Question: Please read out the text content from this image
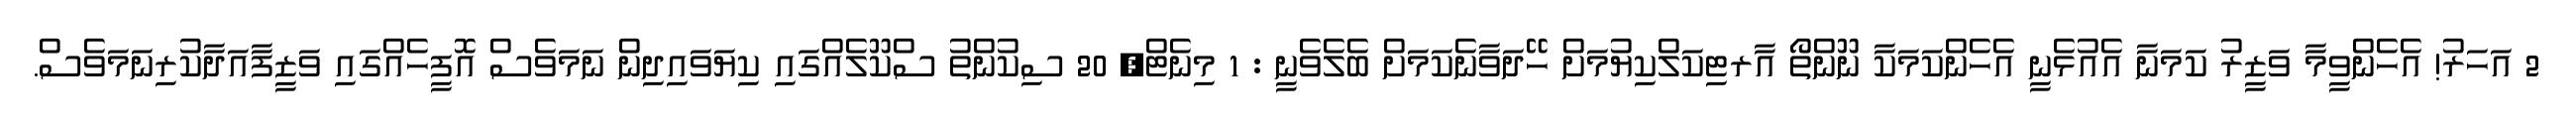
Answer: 2 އަހަރު! އެހެންވީމާ ވަޒީރު ކަމަނާ އެއުޅެނީ އެހެންކަމަކާ ނޫންތޯ އާރޓިކަލްކިޔުމަށް ހޭދަވާނެކަމަށް ބެލެވެނީ : 1 މިނެޓް, 20 ސިކުންތު ސްކޫލެއްގައި ކިޔަވައިދިން ނަމަވެސް އޮފީހެއްގައި ވަޒީފާއަދާކުރިނަމަވެސް.